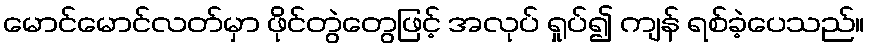
မောင်မောင်လတ်မှာ ဖိုင်တွဲတွေဖြင့် အလုပ် ရှုပ်၍ ကျန် ရစ်ခဲ့ပေသည်။